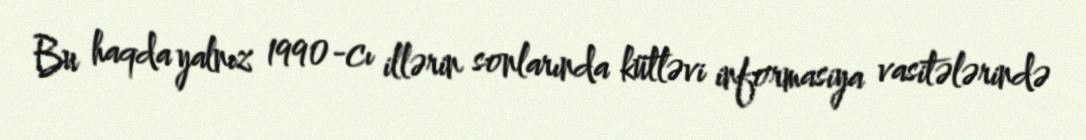
Bu haqda yalnız 1990-cı illərin sonlarında kütləvi informasiya vasitələrində